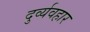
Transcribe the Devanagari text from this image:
दुर्व्‍यवहार